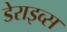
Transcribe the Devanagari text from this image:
डेराइव्स